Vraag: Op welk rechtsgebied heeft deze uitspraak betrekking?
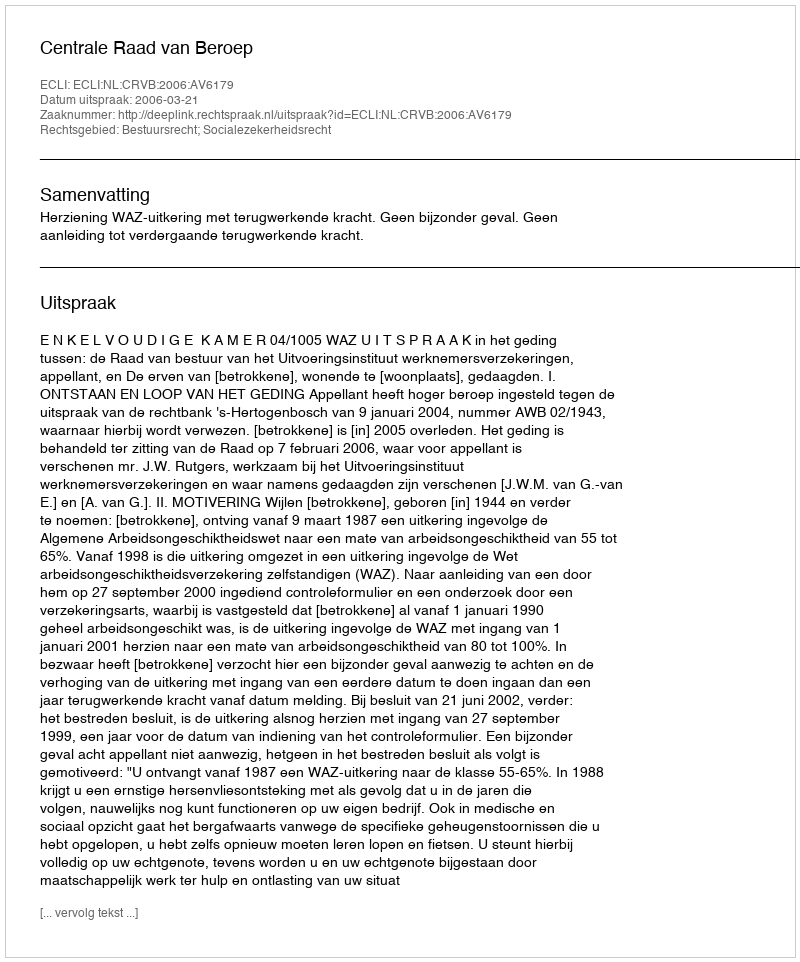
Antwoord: Bestuursrecht; Socialezekerheidsrecht